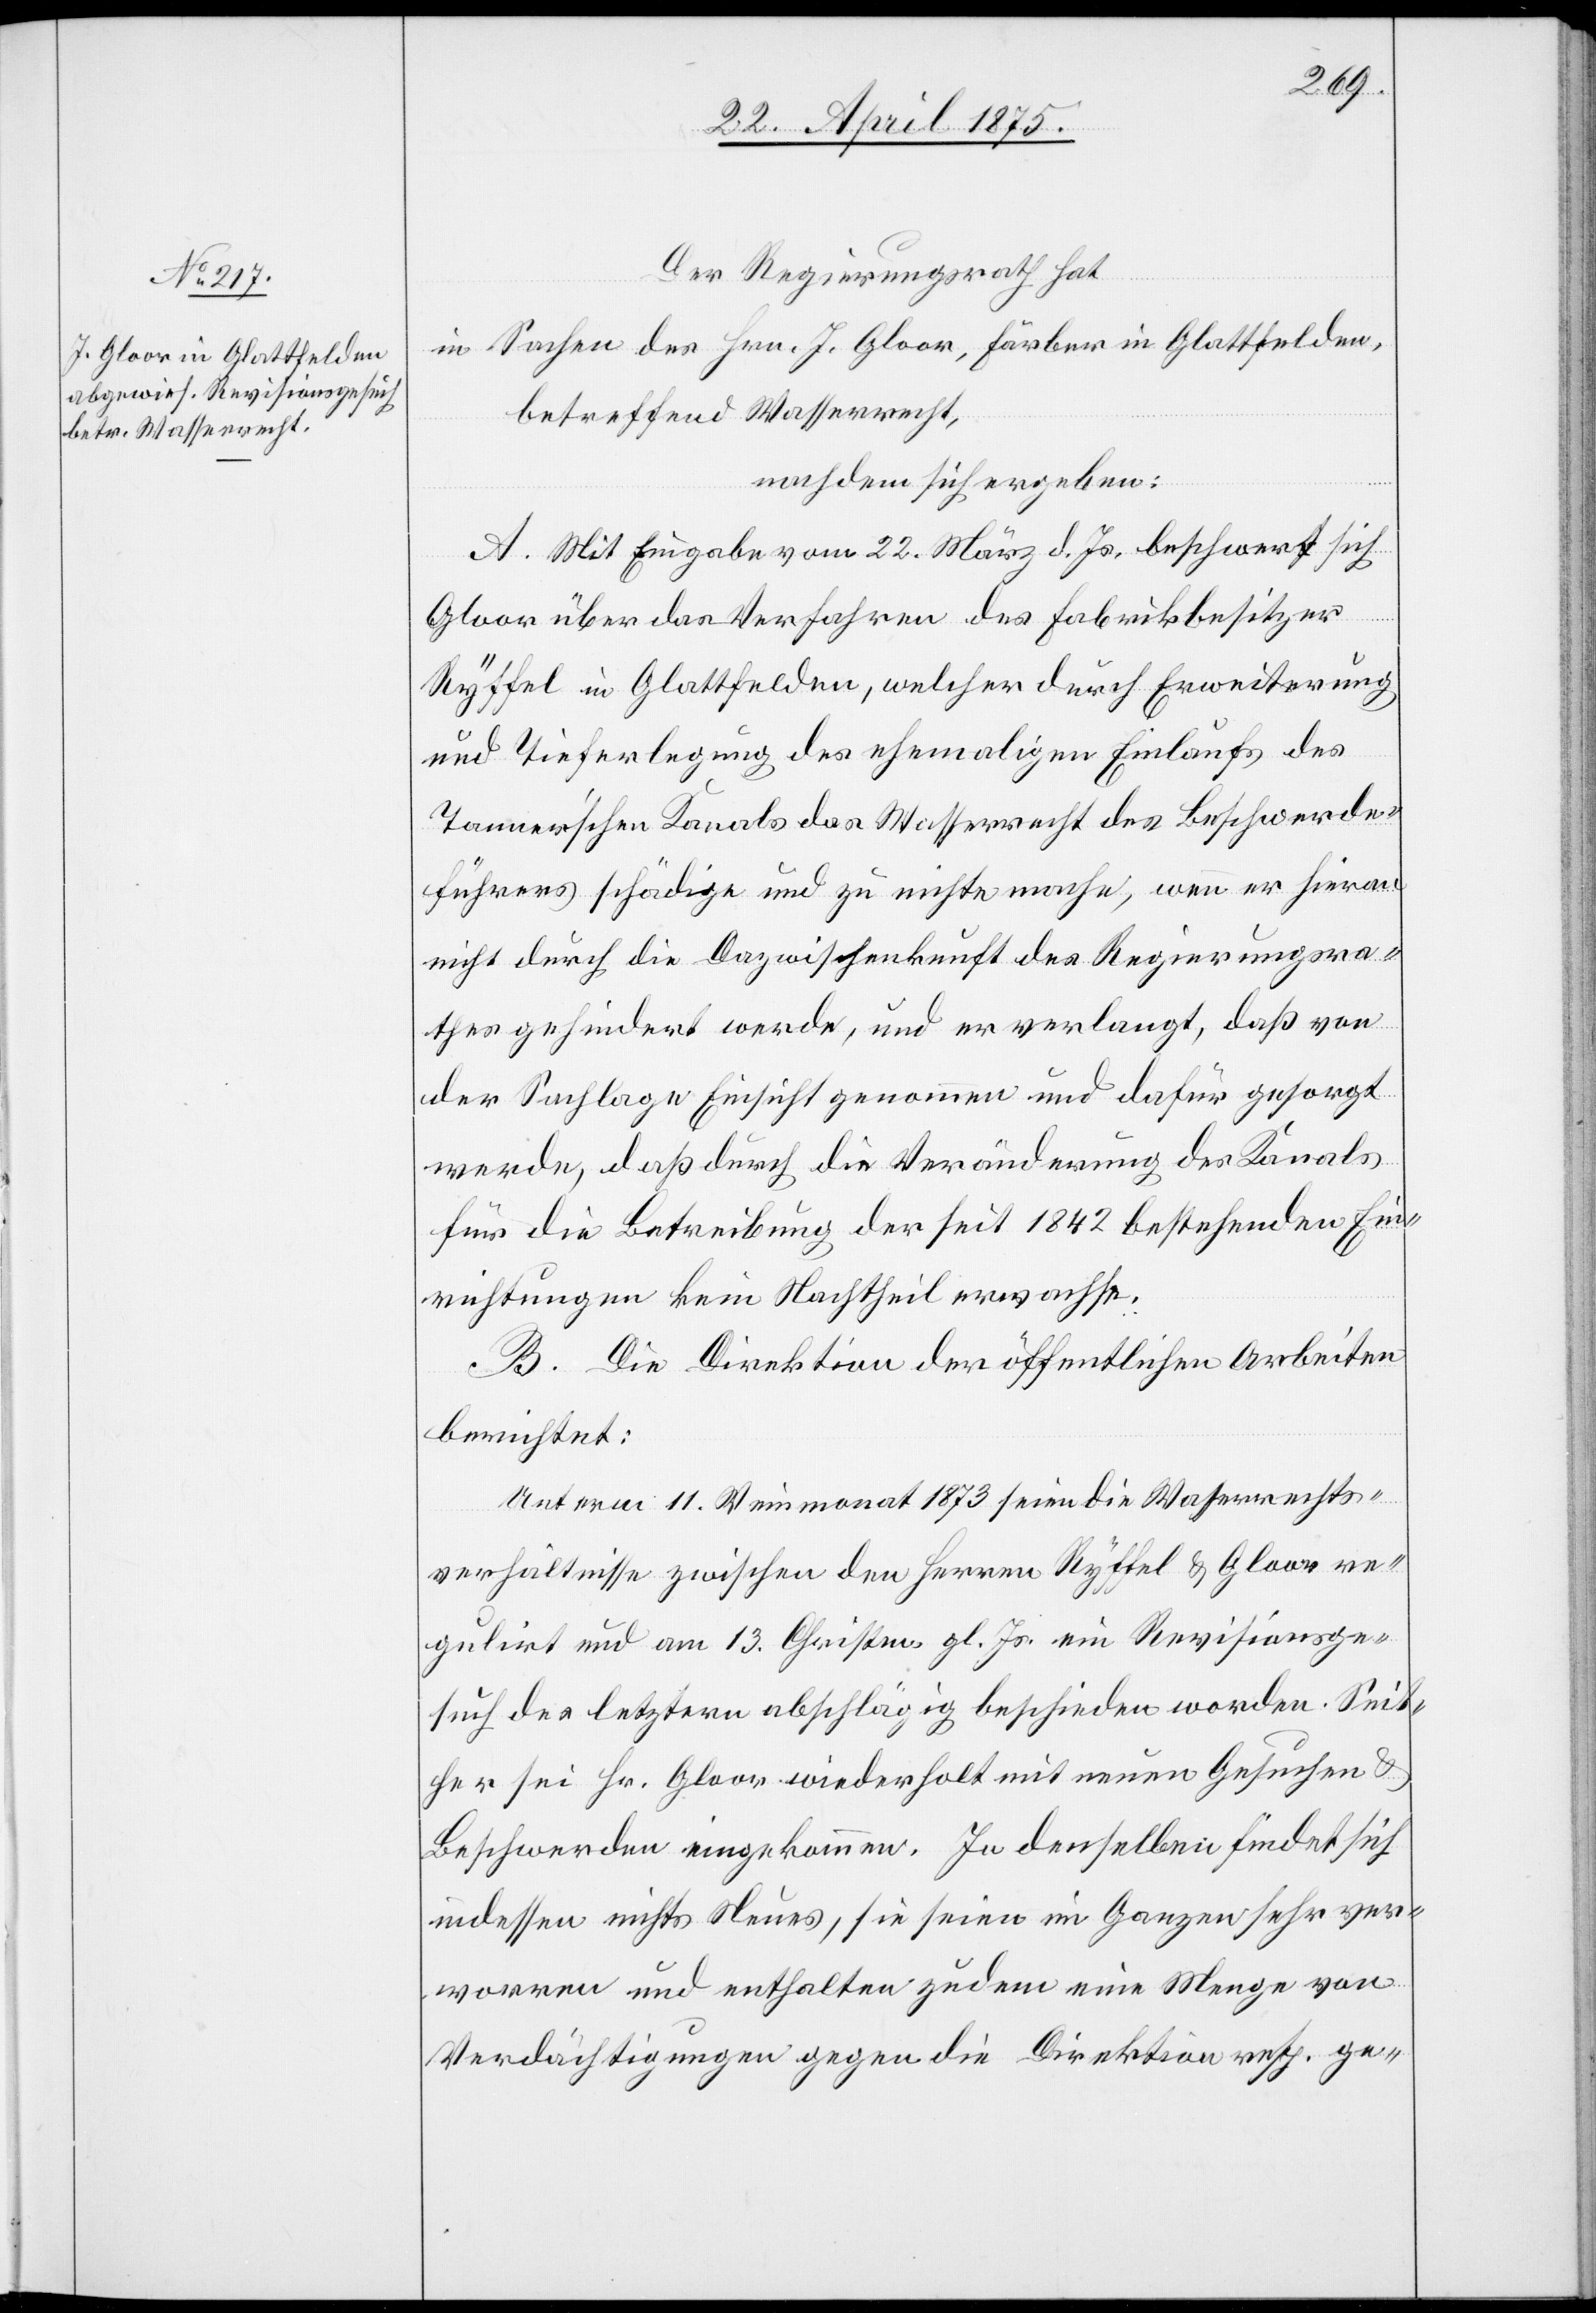
Der Regierungsrath hat
in Sachen des Hrn. J. Gloor, Färber in Glattfelden,
betreffend Wasserrecht,
nachdem sich ergeben:
A. Mit Eingabe vom 22. März d. Js. beschwert sich
Gloor über das Verfahren des Fabrikbesitzer
Ryffel in Glattfelden, welcher durch Erweiterung
und Tieferlegung der ehemaligen Einlaufs des
Tanner’schen Kanals das Wasserrecht des Beschwerde¬
führers schädige und zu nichte mache, wenn er hievon
nicht durch die Dazwischenkunft des Regierungsra¬
thes gehindert werde, und er verlangt, daß von
der Sachlage Einsicht genommen und dafür gesorgt
werde, daß durch die Veränderung des Kanals
für die Betreibung der seit 1842 bestehenden Ein¬
richtungen kein Nachtheil erwachse.
B. Die Direktion der öffentlichen Arbeiten
berichtet:
Unterm 11. Weinmonat 1873 seien die Wasserrechts¬
verhältnisse zwischen den Herren Ryffel & Gloor re¬
gulirt und am 13. Christm. gl. Js. ein Revisionsge¬
such das letztern abschlägig entschieden worden. Seit¬
her sei Hr. Gloor wiederholt mit neuen Gesuchen &
Beschwerden eingekommen. In denselben findet sich
indessen nichts Neues, sie seien im Ganzen sehr ver¬
worren und enthalten zudem eine Menge von
Verdächtigungen gegen die Direktion resp. ge-